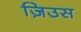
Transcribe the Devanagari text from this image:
ज़िउस